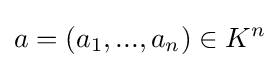
a=(a_{1},...,a_{n})\in K^{n}